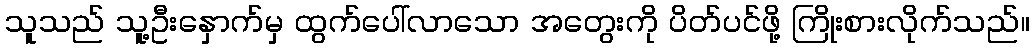
သူသည် သူ့ဦးနှောက်မှ ထွက်ပေါ်လာသော အတွေးကို ပိတ်ပင်ဖို့ ကြိုးစားလိုက်သည်။